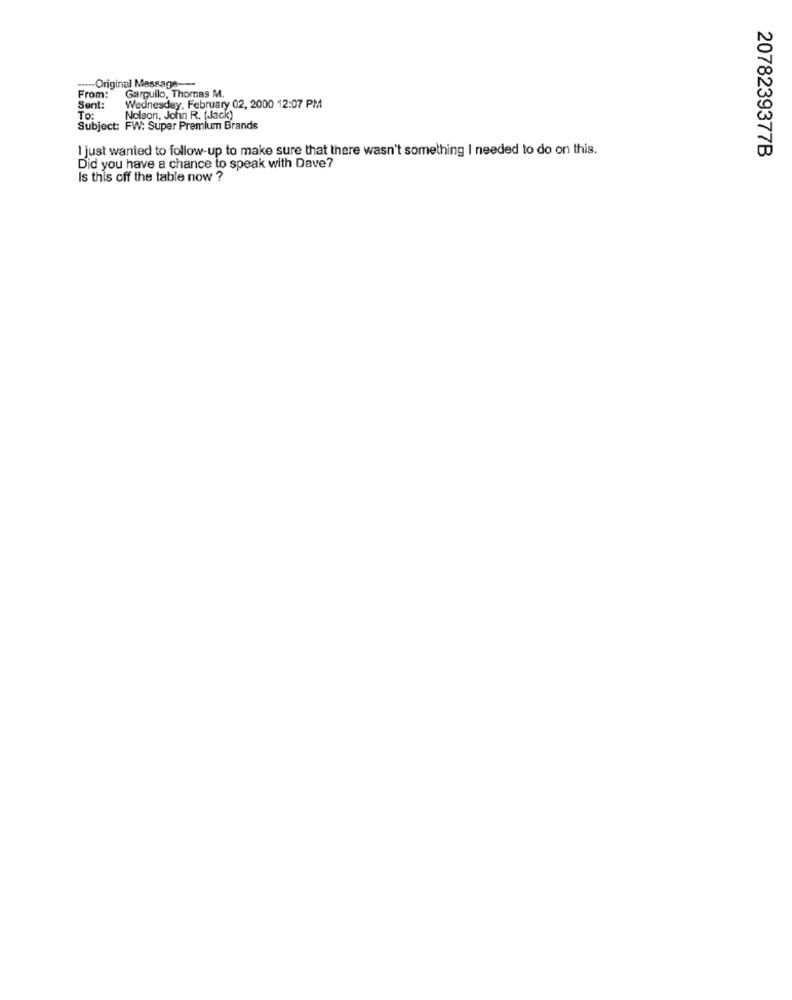
--- Original Message-
Garquilo, Thomas M.
From:
Sent:
Wednesday, February 02, 2000 12:07 PM
To:
Nelson, John R. (Jack)
Subject: FW: Super Premium Brands
I just wanted to follow-up to make sure that there wasn't something I needed to do on this.
2078239377B
Did you have a chance to speak with Dave?
Is this off the table now ?